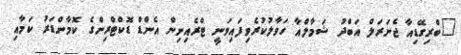
"ބްރިގޭޑިއާ ޖެނަރަލް އަބްދު ޝަމާލްއާ ހަވާލުކުރެވިފައިވަނީ ޓްރެއިނިން އެންޑް ޑޮކްޓްރިންގެ ކޮމާންޑަރު ކަމާއި